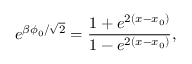
e ^ { \beta \phi _ { 0 } / \sqrt { 2 } } = \frac { 1 + e ^ { 2 ( x - x _ { 0 } ) } } { 1 - e ^ { 2 ( x - x _ { 0 } ) } } ,